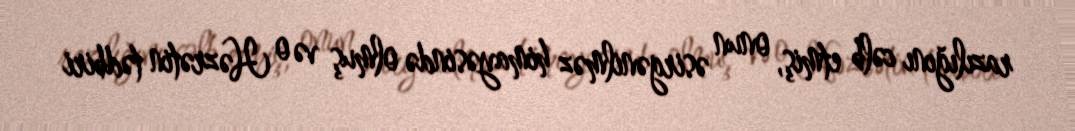
razılığını cəlb etmiş, onun əsirgənilməz himayəsində olmuş və o Həzrətin tədbiri